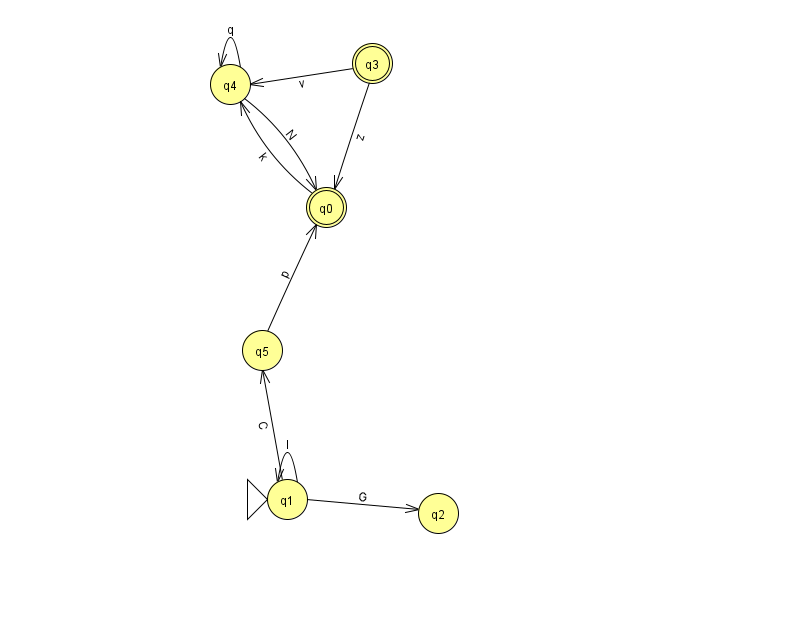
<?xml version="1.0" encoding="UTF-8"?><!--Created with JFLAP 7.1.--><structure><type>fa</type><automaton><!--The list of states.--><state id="0" name="q0"><x>326.0</x><y>194.0</y><final/></state><state id="1" name="q1"><x>287.0</x><y>486.0</y><initial/></state><state id="2" name="q2"><x>438.0</x><y>500.0</y></state><state id="3" name="q3"><x>372.0</x><y>50.0</y><final/></state><state id="4" name="q4"><x>230.0</x><y>71.0</y></state><state id="5" name="q5"><x>262.0</x><y>337.0</y></state><!--The list of transitions.--><transition><from>1</from><to>2</to><read>G</read></transition><transition><from>4</from><to>4</to><read>q</read></transition><transition><from>3</from><to>0</to><read>z</read></transition><transition><from>1</from><to>5</to><read>C</read></transition><transition><from>5</from><to>0</to><read>p</read></transition><transition><from>3</from><to>4</to><read>v</read></transition><transition><from>4</from><to>0</to><read>N</read></transition><transition><from>1</from><to>1</to><read>I</read></transition><transition><from>0</from><to>4</to><read>k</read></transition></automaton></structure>